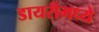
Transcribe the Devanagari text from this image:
डायरीमध्ये